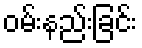
ဝမ်းနည်းခြင်း